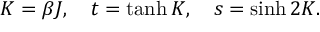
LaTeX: K = \beta J , \quad t = \operatorname { t a n h } K , \quad s = \sinh 2 K .